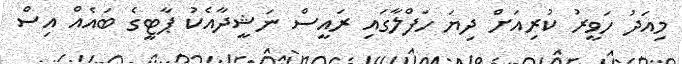
މިއަދު ހަވީރު ކުރިއަށް ދިޔަ ހަފްލާގައި ރައީސް ނަޝީދާއެކު ޕާޓީގެ ބައެއް އިސް